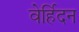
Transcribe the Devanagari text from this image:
वेर्हिदन